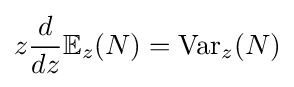
z{\dfrac {d}{dz}}\mathbb {E} _{z}(N)=\operatorname {Var} _{z}(N)